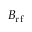
B _ { \mathrm { r f } }